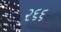
૨૬૬